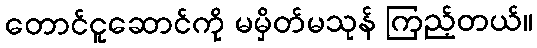
တောင်ငူဆောင်ကို မမှိတ်မသုန် ကြည့်တယ်။